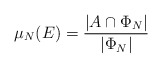
\begin{align*}\mu_N(E)= \dfrac{|A \cap \Phi_N|}{|\Phi_N|}\end{align*}